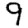
Digit: 9